Indian journal of veterinary science and animal husbandry - Volumes 18-21, 1948-1951
Year: 1948
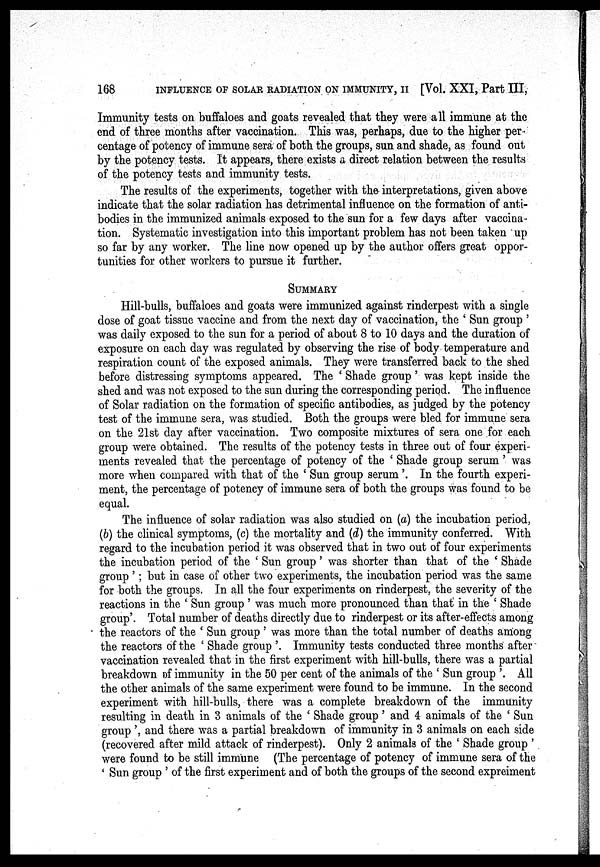
168
INFLUENCE OF SOLAR RADIATION ON IMMUNITY, II [Vol. XXI, Part III,
Immunity tests on buffaloes and goats revealed that they were all immune at the
end of three months after vaccination. This was, perhaps, due to the higher per-
centage of potency of immune sera of both the groups, sun and shade, as found out
by the potency tests. It appears, there exists a direct relation between the results
of the potency tests and immunity tests.
The results of the experiments, together with the interpretations, given above
indicate that the solar radiation has detrimental influence on the formation of anti-
bodies in the immunized animals exposed to the sun for a few days after vaccina
tion. Systematic investigation into this important problem has not been taken up
so far by any worker. The line now opened up by the author offers great oppor-
tunities for other workers to pursue it further.
SUMMARY
Hill-bulls, buffaloes and goats were immunized against rinderpest with a single
dose of goat tissue vaccine and from the next day of vaccination, the 'Sun group'
was daily exposed to the sun for a period of about 8 to 10 days and the duration of
exposure on each day was regulated by observing the rise of body temperature and
respiration count of the exposed animals. They were transferred back to the shed
before distressing symptoms appeared. The ' Shade group ' was kept inside the
shed and was not exposed to the sun during the corresponding period. The influence
of Solar radiation on the formation of specific antibodies, as judged by the potency
test of the immune sera, was studied. Both the groups were bled for immune sera
on the 21st day after vaccination. Two composite mixtures of sera one for each
group were obtained. The results of the potency tests in three out of four experi-
ments revealed that the percentage of potency of the ' Shade group serum ' was
more when compared with that of the ' Sun group serum'. In the fourth experi-
ment, the percentage of potency of immune sera of both the groups was found to be
equal.
The influence of solar radiation was also studied on (a) the incubation period,
(6) the clinical symptoms, (c) the mortality and (d) the immunity conferred. With
regard to the incubation period it was observed that in two out of four experiments
the incubation period of the 'Sun group' was shorter than that of the ' Shade
group ': but in case of other two experiments, the incubation period was the same
for both the groups. In all the four experiments on rinderpest, the severity of the
reactions in the 'Sun group' was much more pronounced than that in the ' Shade
group'. Total number of deaths directly due to rinderpest or its after-effects among
the reactors of the 'Sun group' was more than the total number of deaths among
the reactors of the ' Shade group '. Immunity tests conducted three months after
vaccination revealed that in the first experiment with hill-bulls, there was a partial
breakdown of immunity in the 50 per cent of the animals of the 'Sun group'. All
the other animals of the same experiment were found to be immune. In the second
experiment with hill-bulls, there was a complete breakdown of the immunity
resulting in death in 3 animals of the ' Shade group ' and 4 animals of the 'Sun
group', and there was a partial breakdown of immunity in 3 animals on each side
(recovered after mild attack of rinderpest). Only 2 animals of the ' Shade group '
were found to be still immune (The percentage of potency of immune sera of the
'Sun group' of the first experiment and of both the groups of the second expreiment